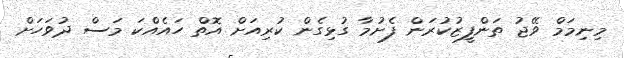
މިނިމަމް ވޭޖު ތަންފީޒުކުރަން ފެށުމާ ގުޅިގެން ކުރިއަށް އޮތް ހައެއްކަ މަސް ދުވަހަށް